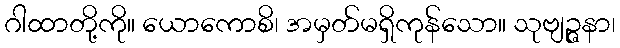
ဂါထာတို့ကို။ ယောကောစိ၊ အမှတ်မရှိကုန်သော။ သုဗျဉ္ဇနာ၊